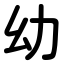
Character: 幼